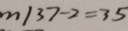
m / 3 7 - 2 = 3 5